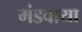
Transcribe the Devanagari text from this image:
मंडवाया